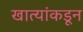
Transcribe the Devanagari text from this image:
खात्यांकडून